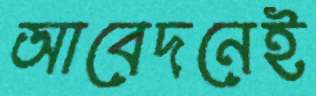
আবেদনেই